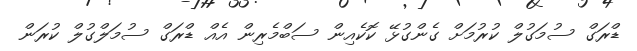
ޑްރަގް ސުމަގުލް ކުރުމަށް ގެންގުޅޭ ކޮކެއިން ސަބްމެރިން އެއް ޑްރަގް ސުމަލްގުލް ކުރަން